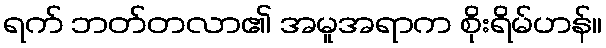
ရက် ဘတ်တလာ၏ အမူအရာက စိုးရိမ်ဟန်။